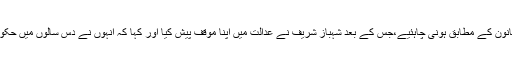
یہ قانونی اور پروسیجرل چیزیں ہیں جو قانون کے مطابق ہونی چاہئیے،جس کے بعد شہباز شریف نے عدالت میں اپنا موقف پیش کیا اور کہا کہ انہوں نے دس سالوں میں حکومت کے کئی سو ارب روپے بچائے ہیں۔